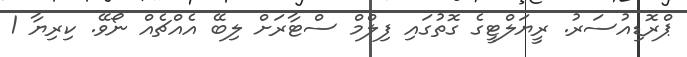
ޕްރޮޑިއުސަރު. ރީޔަލްޓީގެ ގޮތުގައި ފިލްމް ސްޓާރަށް ލިބޭ އެއްޗެއް ނޯވޭ. ކިރިޔާ 1